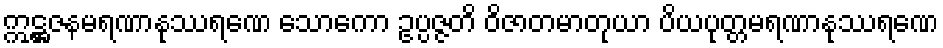
ဣဋ္ဌဇနမရဏာနုဿရဏေ သောကော ဥပ္ပဇ္ဇတိ ဝိဇာတမာတုယာ ပိယပုတ္တမရဏာနုဿရဏေ